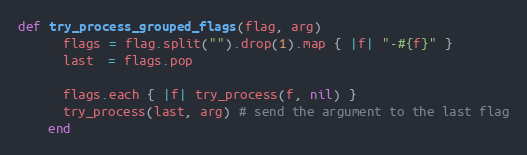
Language: Ruby
def try_process_grouped_flags(flag, arg)
      flags = flag.split("").drop(1).map { |f| "-#{f}" }
      last  = flags.pop

      flags.each { |f| try_process(f, nil) }
      try_process(last, arg) # send the argument to the last flag
    end